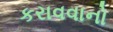
કરાવવાનો